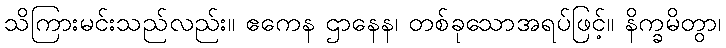
သိကြားမင်းသည်လည်း။ ဧကေန ဌာနေန၊ တစ်ခုသောအရပ်ဖြင့်။ နိက္ခမိတွာ၊